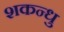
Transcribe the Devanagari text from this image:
शकन्धु